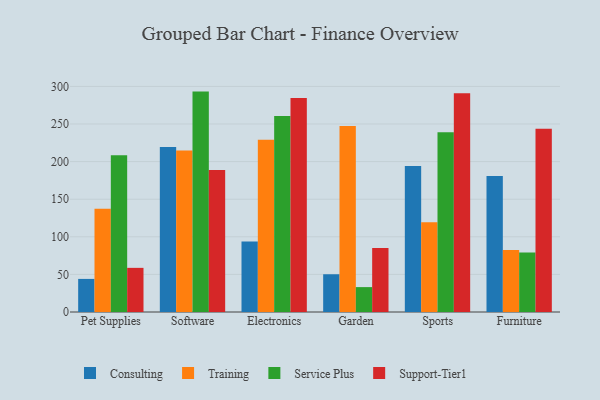
{"axis": {"x": "Category", "y": "Revenue (USD Million)"}, "legend": ["Consulting", "Service Plus", "Support-Tier1", "Training"], "data": [{"x": "Pet Supplies", "y": 44.0, "type": "Consulting"}, {"x": "Pet Supplies", "y": 137.4, "type": "Training"}, {"x": "Pet Supplies", "y": 208.4, "type": "Service Plus"}, {"x": "Pet Supplies", "y": 58.7, "type": "Support-Tier1"}, {"x": "Software", "y": 219.3, "type": "Consulting"}, {"x": "Software", "y": 214.7, "type": "Training"}, {"x": "Software", "y": 293.1, "type": "Service Plus"}, {"x": "Software", "y": 188.7, "type": "Support-Tier1"}, {"x": "Electronics", "y": 93.8, "type": "Consulting"}, {"x": "Electronics", "y": 229.0, "type": "Training"}, {"x": "Electronics", "y": 260.7, "type": "Service Plus"}, {"x": "Electronics", "y": 284.6, "type": "Support-Tier1"}, {"x": "Garden", "y": 50.2, "type": "Consulting"}, {"x": "Garden", "y": 247.4, "type": "Training"}, {"x": "Garden", "y": 33.1, "type": "Service Plus"}, {"x": "Garden", "y": 85.2, "type": "Support-Tier1"}, {"x": "Sports", "y": 194.0, "type": "Consulting"}, {"x": "Sports", "y": 119.2, "type": "Training"}, {"x": "Sports", "y": 239.0, "type": "Service Plus"}, {"x": "Sports", "y": 290.9, "type": "Support-Tier1"}, {"x": "Furniture", "y": 180.9, "type": "Consulting"}, {"x": "Furniture", "y": 82.5, "type": "Training"}, {"x": "Furniture", "y": 79.1, "type": "Service Plus"}, {"x": "Furniture", "y": 243.7, "type": "Support-Tier1"}]}